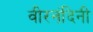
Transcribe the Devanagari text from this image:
वीरनंदिनी